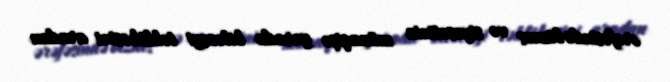
ərəfəsində biznes və siyasətinin münaqişə yarada biləcəyi təhlükəsini aradan